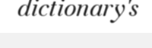
dictionary's